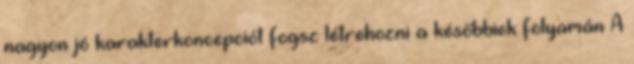
nagyon jó karakterkoncepciót fogsz létrehozni a későbbiek folyamán A